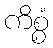
ကိစ္စံ